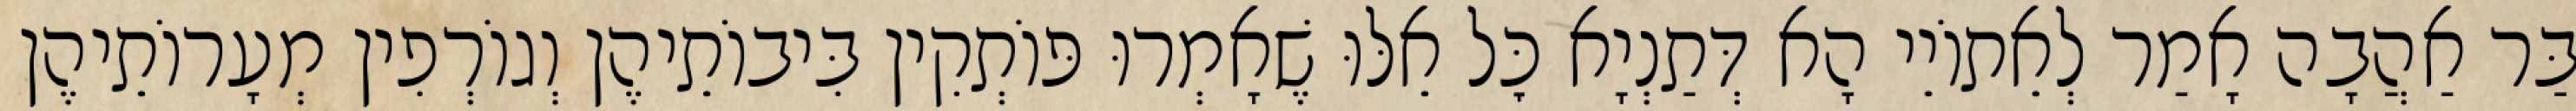
בַּר אַהֲבָה אָמַר לְאֵתוֹיֵי הָא דְּתַנְיָא כׇּל אֵלּוּ שֶׁאָמְרוּ פּוֹתְקִין בִּיבוֹתֵיהֶן וְגוֹרְפִין מְעָרוֹתֵיהֶן